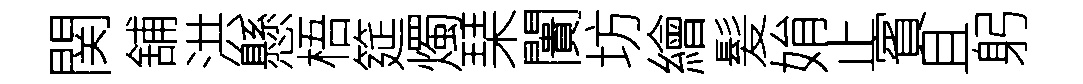
関舖洪懸梧筵燭琹闠坊繪髪姢止賓且躬